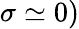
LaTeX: \sigma\simeq 0)